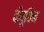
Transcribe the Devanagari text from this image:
कैपूचिन